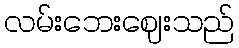
လမ်းဘေးဈေးသည်